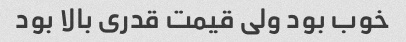
خوب بود ولی قیمت قدری بالا بود